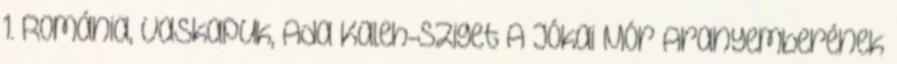
1. Románia, Vaskapuk, Ada Kaleh-sziget A Jókai Mór Aranyemberének